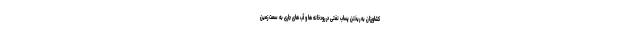
کشاورزان به ریختن پساب نفتی در رودخانه ها و آب های جاری به سمت زمین